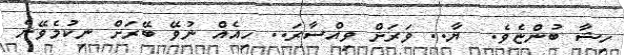
ހިޝާ ބުންޏެވެ.  ޔާ.. ވަރަށް ވިއްސާރަ.. ހިއެއް ނުވޭ ބޭރަށް ނިކުމެވޭނެ